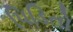
પિડિતો